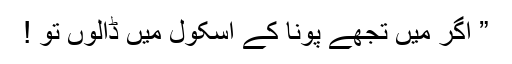
” اگر میں تجھے پونا کے اسکول میں ڈالوں تو !